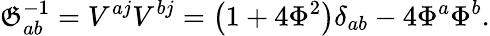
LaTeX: \mathfrak{G}_{ab}^{-1}=V^{aj}V^{bj}=\left(1+4\Phi^{2}\right)\delta_{ab}-4\Phi^{a}\Phi^{b}.